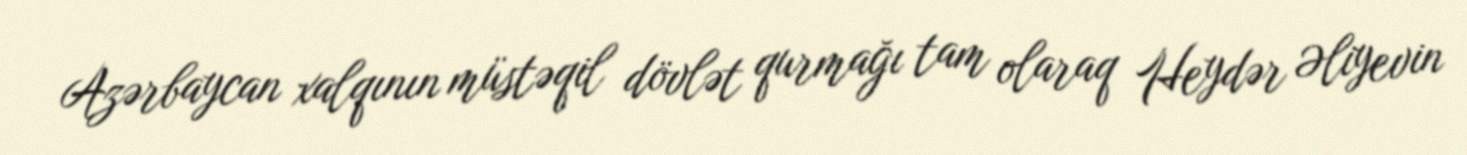
Azərbaycan xalqının müstəqil dövlət qurmağı tam olaraq Heydər Əliyevin